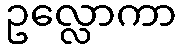
ဥလ္လောကာ